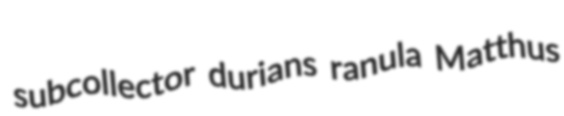
subcollector durians ranula Matthus